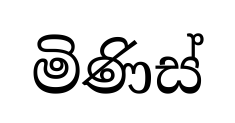
මිණිස්